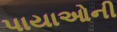
પાયાઓની